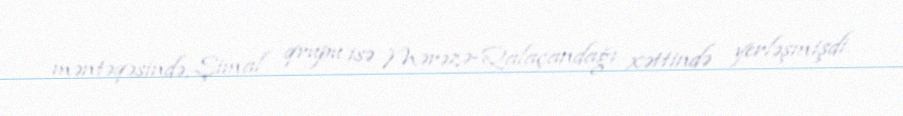
məntəqəsində, Şimal qrupu isə Mərəzə-Qalaçandağı xəttində yerləşmişdi.